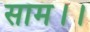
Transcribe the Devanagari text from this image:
साम।।